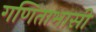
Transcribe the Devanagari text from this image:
गणिताभासी